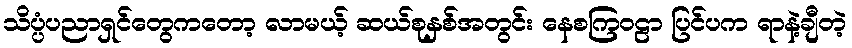
သိပ္ပံပညာရှင်တွေကတော့ လာမယ့် ဆယ်စုနှစ်အတွင်း နေစကြဝဠာ ပြင်ပက ရာနဲ့ချီတဲ့